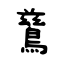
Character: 鶿